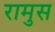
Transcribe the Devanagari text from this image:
रामुस